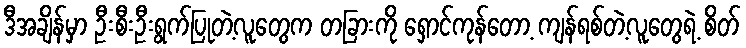
ဒီအချိန်မှာ ဦးစီးဦးရွက်ပြုတဲ့လူတွေက တခြားကို ရှောင်ကုန်တော့ ကျန်ရစ်တဲ့လူတွေရဲ့ စိတ်